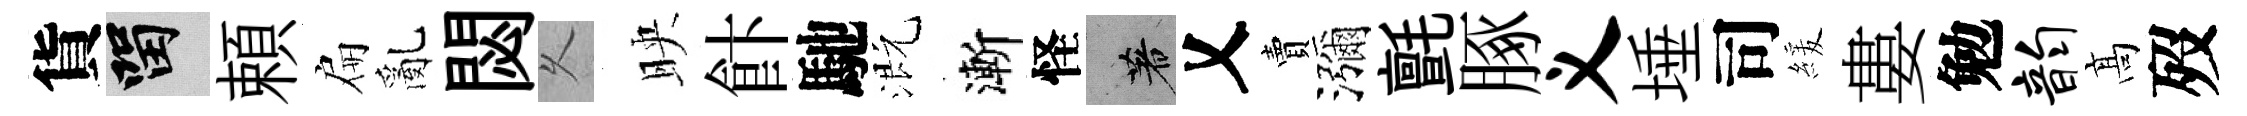
貨留頼扁亂閟乆映飰馳溉漸怪著乂賣瀰氈䐁义埵司緩婁勉韵髙歿